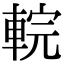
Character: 輐